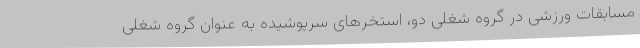
مسابقات ورزشی در گروه شغلی دو، استخرهای سرپوشیده به عنوان گروه شغلی